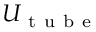
U _ { \mathrm { ~ t ~ u ~ b ~ e ~ } }